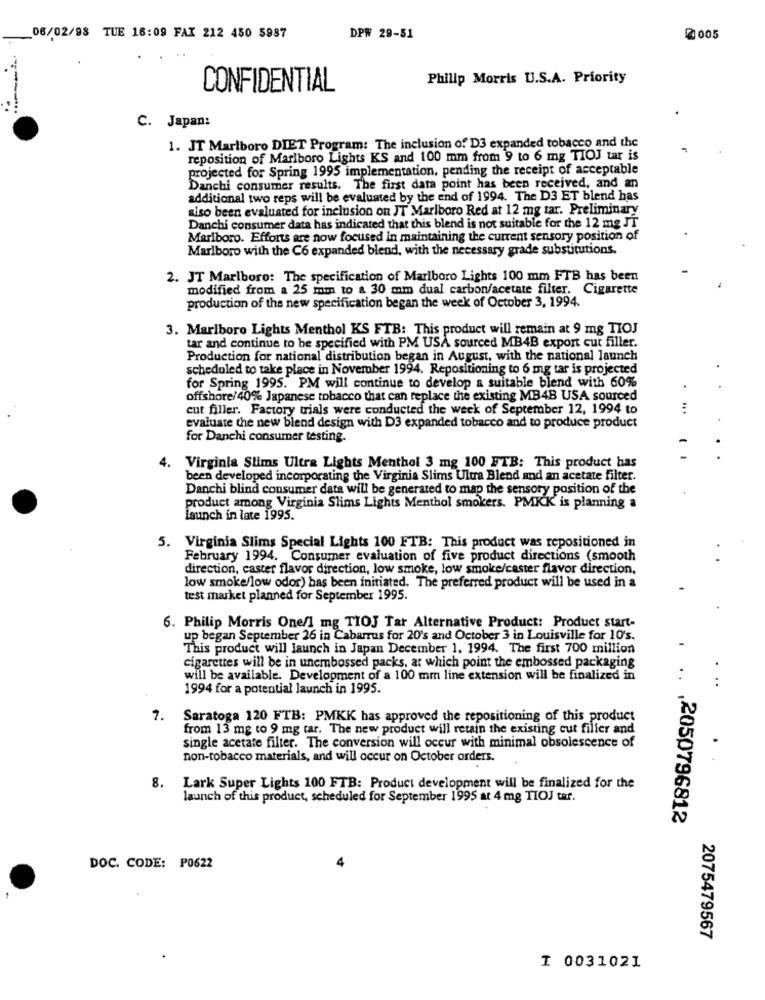
-
06/02/98 TUE 18:09 FAX 212 450 5987
DPW 29-51
2005
Philip Morris U.S.A. Priority
CONFIDENTIAL
--
C. Japan:
1. JT Marlboro DIET Program: The inclusion of D3 expanded tobacco and the
reposition of Marlboro Lights KS and 100 mm from 9 to 6 mg TIOJ tar is
projected for Spring 1995 implementation, pending the receipt of acceptable
Danchi consumer results. The first data point has been received, and an
additional two reps will be evaluated by the end of 1994. The D3 ET blend has
also been evaluated for inclusion on JT Marlboro Red at 12 mg tar. Preliminary
Danchi consumer data has indicated that this blend is not suitable for the 12 mg JT
Marlboro. Efforts are now focused in maintaining the current sensory position of
Marlboro with the C6 expanded blend, with the necessary grade substitutions.
2. JT Marlboro: The specification of Marlboro Lights 100 mm FTB has been
modified from a 25 mm to a 30 mm dual carbon/acetate filter. Cigarette
production of the new specification began the week of October 3, 1994.
3. Marlboro Lights Menthol KS FTB: This product will remain at 9 mg TIOJ
tar and continue to be specified with PM USA sourced MB4B export cut filler.
Production for national distribution began in August, with the national launch
scheduled to take place in November 1994. Repositioning to 6 mg tar is projected
for Spring 1995. PM will continue to develop a suitable blend with 60%
offshore/40% Japanese tobacco that can replace the existing MB4B USA sourced
cut filler. Factory trials were conducted the week of September 12, 1994 to
evaluate the new blend design with D3 expanded tobacco and to produce product
for Danchi consumer testing.
4. Virginia Slims Ultra Lights Menthol 3 mg 100 FTB: This product has
been developed incorporating the Virginia Slims Ultra Blend and an acetate filter.
Danchi blind consumer data will be generated to map the sensory position of the
product among Virginia Slims Lights Menthol smokers. PMKK is planning a
Launch in late 1995.
5. Virginia Slims Special Lights 100 FTB: This product was repositioned in
February 1994. Consumer evaluation of five product directions (smooth
direction, caster flavor direction, low smoke, low smoke/caster flavor direction,
low smoke/low odor) has been initiated. The preferred product will be used in a
test market planned for September 1995.
6. Philip Morris One/l mg TIOJ Tar Alternative Product: Product start-
up began September 26 in Cabarrus for 20's and October 3 in Louisville for 10's.
This product will launch in Japan December 1. 1994. The first 700 million
cigarettes will be in unembossed packs, at which point the embossed packaging
will be available. Development of a 100 mm line extension will be finalized in
1994 for a potential launch in 1995.
7.
Saratoga 120 FTB: PMKK has approved the repositioning of this product
from 13 mg to 9 mg tar. The new product will retain the existing cut filler and
single acetate filter. The conversion will occur with minimal obsolescence of
non-tobacco materials, and will occur on October orders.
8.
Lark Super Lights 100 FTB: Product development will be finalized for the
launch of this product, scheduled for September 1995 at 4 mg TIOJ tar.
,2050796812
DOC. CODE: P0622
2075479567
I 0031021